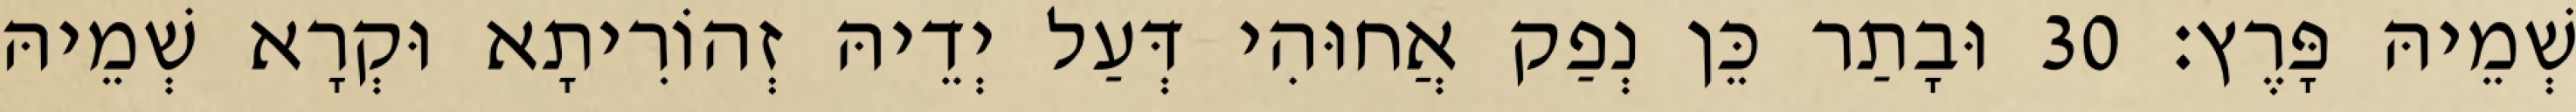
שְׁמֵיהּ פָּרֶץ׃ 30 וּבָתַר כֵּן נְפַק אֲחוּהִי דְּעַל יְדֵיהּ זְהוֹרִיתָא וּקְרָא שְׁמֵיהּ